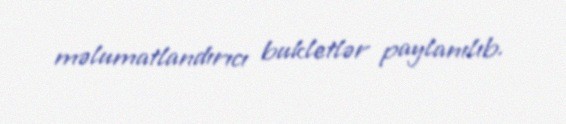
məlumatlandırıcı bukletlər paylanılıb.